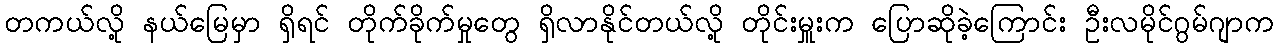
တကယ်လို့ နယ်မြေမှာ ရှိရင် တိုက်ခိုက်မှုတွေ ရှိလာနိုင်တယ်လို့ တိုင်းမှူးက ပြောဆိုခဲ့ကြောင်း ဦးလမိုင်ဂွမ်ဂျာက